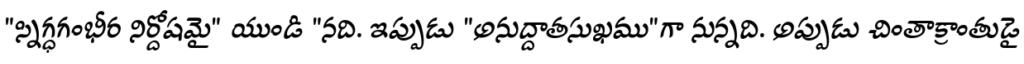
"స్నిగ్ధగంభీర నిర్దోషమై" యుండి "నది. ఇప్పుడు "అనుద్దాతసుఖము"గా నున్నది. అప్పుడు చింతాక్రాంతుడై